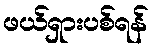
ဖယ်ရှားပစ်ရန်